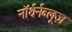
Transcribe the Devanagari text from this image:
नॉर्थर्नब्लूज़